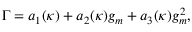
\Gamma = a _ { 1 } ( \kappa ) + a _ { 2 } ( \kappa ) g _ { m } + a _ { 3 } ( \kappa ) g _ { m } ^ { 2 } ,